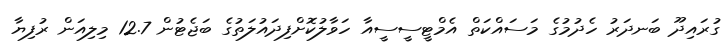
ގުރައިދޫ ބަނދަރު ހެދުމުގެ މަސައްކަތް އެމްޓީސީސީއާ ހަވާލުކޮށްފިދައުލަތުގެ ބަޖެޓުން 12.7 މިލިއަން ރުފިޔާ